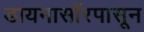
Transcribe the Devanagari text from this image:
डायनासॉरपासून